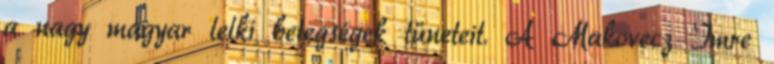
a nagy magyar lelki betegségek tüneteit. A Makovecz Imre